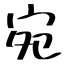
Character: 宛